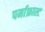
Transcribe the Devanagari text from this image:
पर्माफ्रास्ट